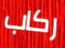
ركاب